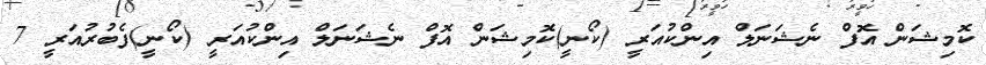
ކޮމިޝަން އޮފް ނެޝަނަލް އިންކުއަރީ (ކޯނީ)ކޮމިޝަން އޮފް ނެޝަނަލް އިންކުއަރީ (ކޯނީ)ފެބުރުއަރީ 7